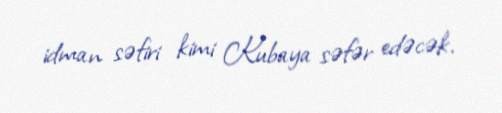
idman səfiri kimi Kubaya səfər edəcək.